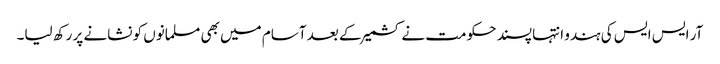
آر ایس ایس کی ہندو انتہا پسند حکومت نے کشمیر کے بعد آسام میں بھی مسلمانوں کو نشانے پر رکھ لیا۔